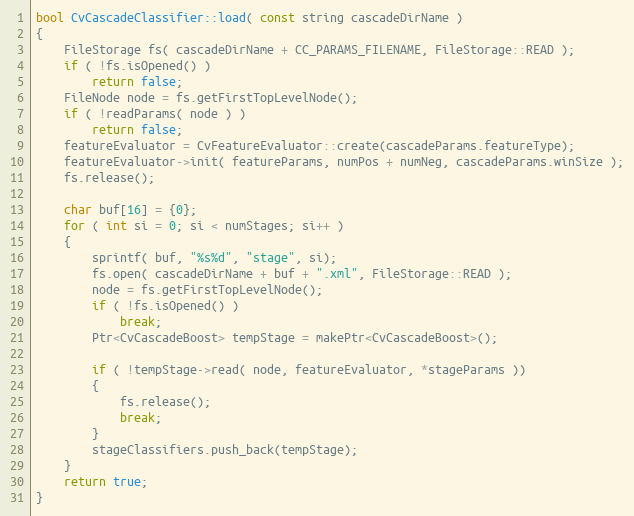
Language: C++
bool CvCascadeClassifier::load( const string cascadeDirName )
{
    FileStorage fs( cascadeDirName + CC_PARAMS_FILENAME, FileStorage::READ );
    if ( !fs.isOpened() )
        return false;
    FileNode node = fs.getFirstTopLevelNode();
    if ( !readParams( node ) )
        return false;
    featureEvaluator = CvFeatureEvaluator::create(cascadeParams.featureType);
    featureEvaluator->init( featureParams, numPos + numNeg, cascadeParams.winSize );
    fs.release();

    char buf[16] = {0};
    for ( int si = 0; si < numStages; si++ )
    {
        sprintf( buf, "%s%d", "stage", si);
        fs.open( cascadeDirName + buf + ".xml", FileStorage::READ );
        node = fs.getFirstTopLevelNode();
        if ( !fs.isOpened() )
            break;
        Ptr<CvCascadeBoost> tempStage = makePtr<CvCascadeBoost>();

        if ( !tempStage->read( node, featureEvaluator, *stageParams ))
        {
            fs.release();
            break;
        }
        stageClassifiers.push_back(tempStage);
    }
    return true;
}